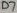
Text: D7